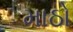
માઠો